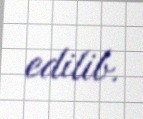
edilib.